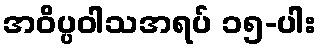
အဝိပ္ပဝါသအရပ် ၁၅-ပါး